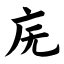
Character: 庑